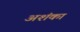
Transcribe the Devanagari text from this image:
अशंका